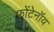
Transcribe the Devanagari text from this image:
फोंटेनॉय